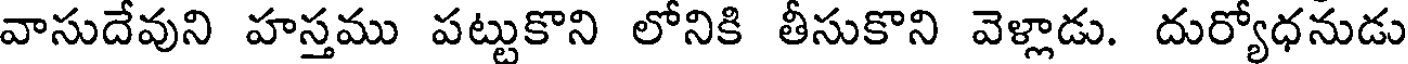
వాసుదేవుని హస్తము పట్టుకొని లోనికి తీసుకొని వెళ్లాడు. దుర్యోధనుడు